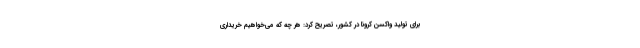
برای تولید واکسن کرونا در کشور، تصریح کرد: هر چه که می‌خواهیم خریداری